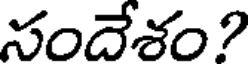
సందేశం?